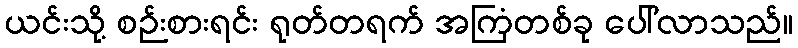
ယင်းသို့ စဉ်းစားရင်း ရုတ်တရက် အကြံတစ်ခု ပေါ်လာသည်။